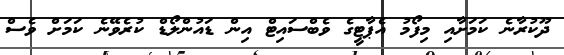
ދޫކުރާނެ ކަމަށާއި މިފޯމު އެޕާޓީގެ ވެބްސައިޓް އިން ޑައުންލޯޑް ކުރެވޭނެ ކަމަށް ވެސް